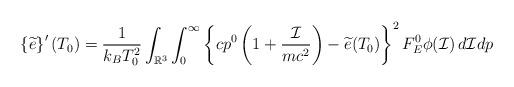
LaTeX: \begin{align*} \left\{\widetilde{e}\right\}^{\prime}(T_0)&= \frac{1}{k_BT^2_0}\int_{\mathbb{R}^3}\int_0^\infty \left\{cp^0 \left(1+\frac{\mathcal{I}}{mc^2}\right)- \widetilde{e}(T_0) \right\}^2F_E^0\phi(\mathcal{I})\,d\mathcal{I}dp \end{align*}